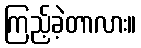
ကြည့်ခဲ့တာလား။